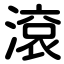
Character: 滾